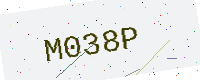
Text: M038P